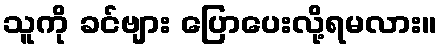
သူကို ခင်ဗျား ပြောပေးလို့ရမလား။